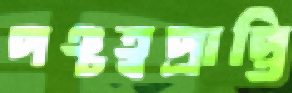
পঞ্চত্বপ্রাপ্তি